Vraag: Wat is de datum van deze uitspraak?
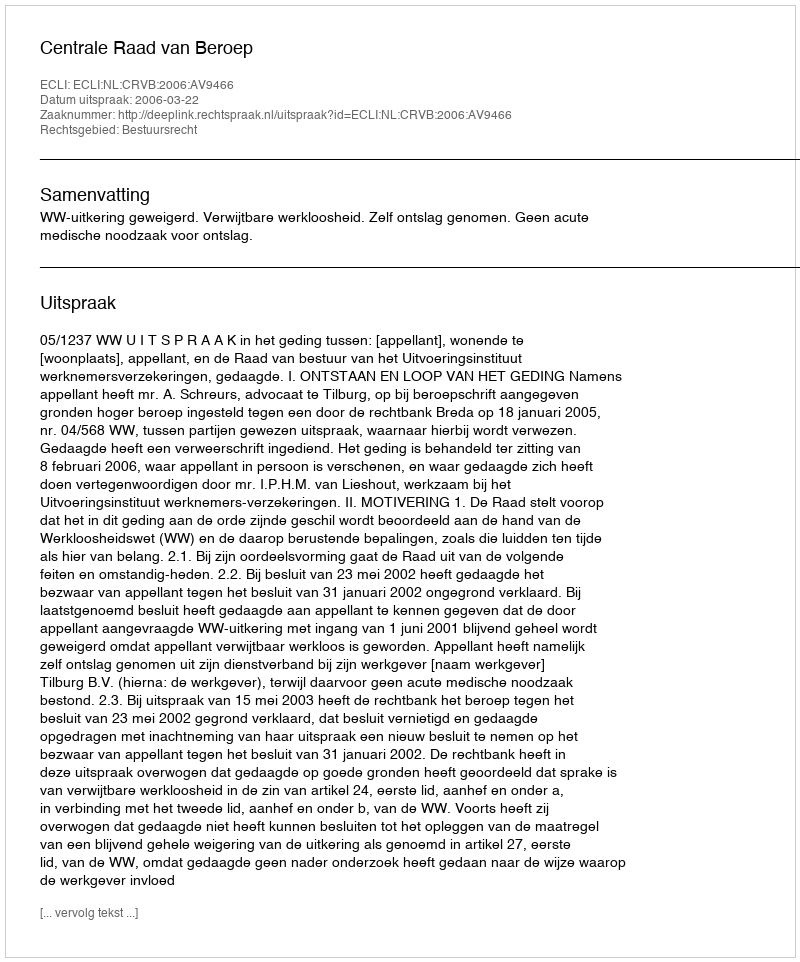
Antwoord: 2006-03-22